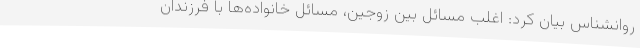
روانشناس بیان کرد: اغلب مسائل بین زوجین، مسائل خانواده‌ها با فرزندان